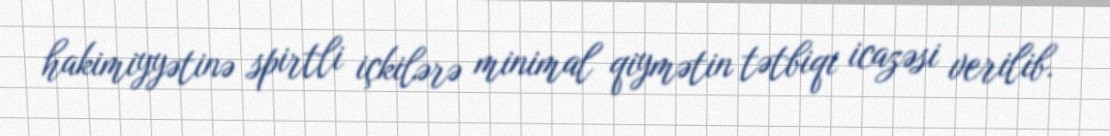
hakimiyyətinə spirtli içkilərə minimal qiymətin tətbiqi icazəsi verilib.